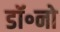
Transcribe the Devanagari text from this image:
डॉ॰नो